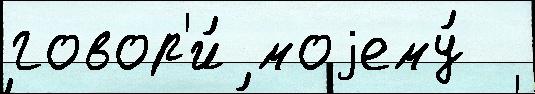
говор'и́ моjему́